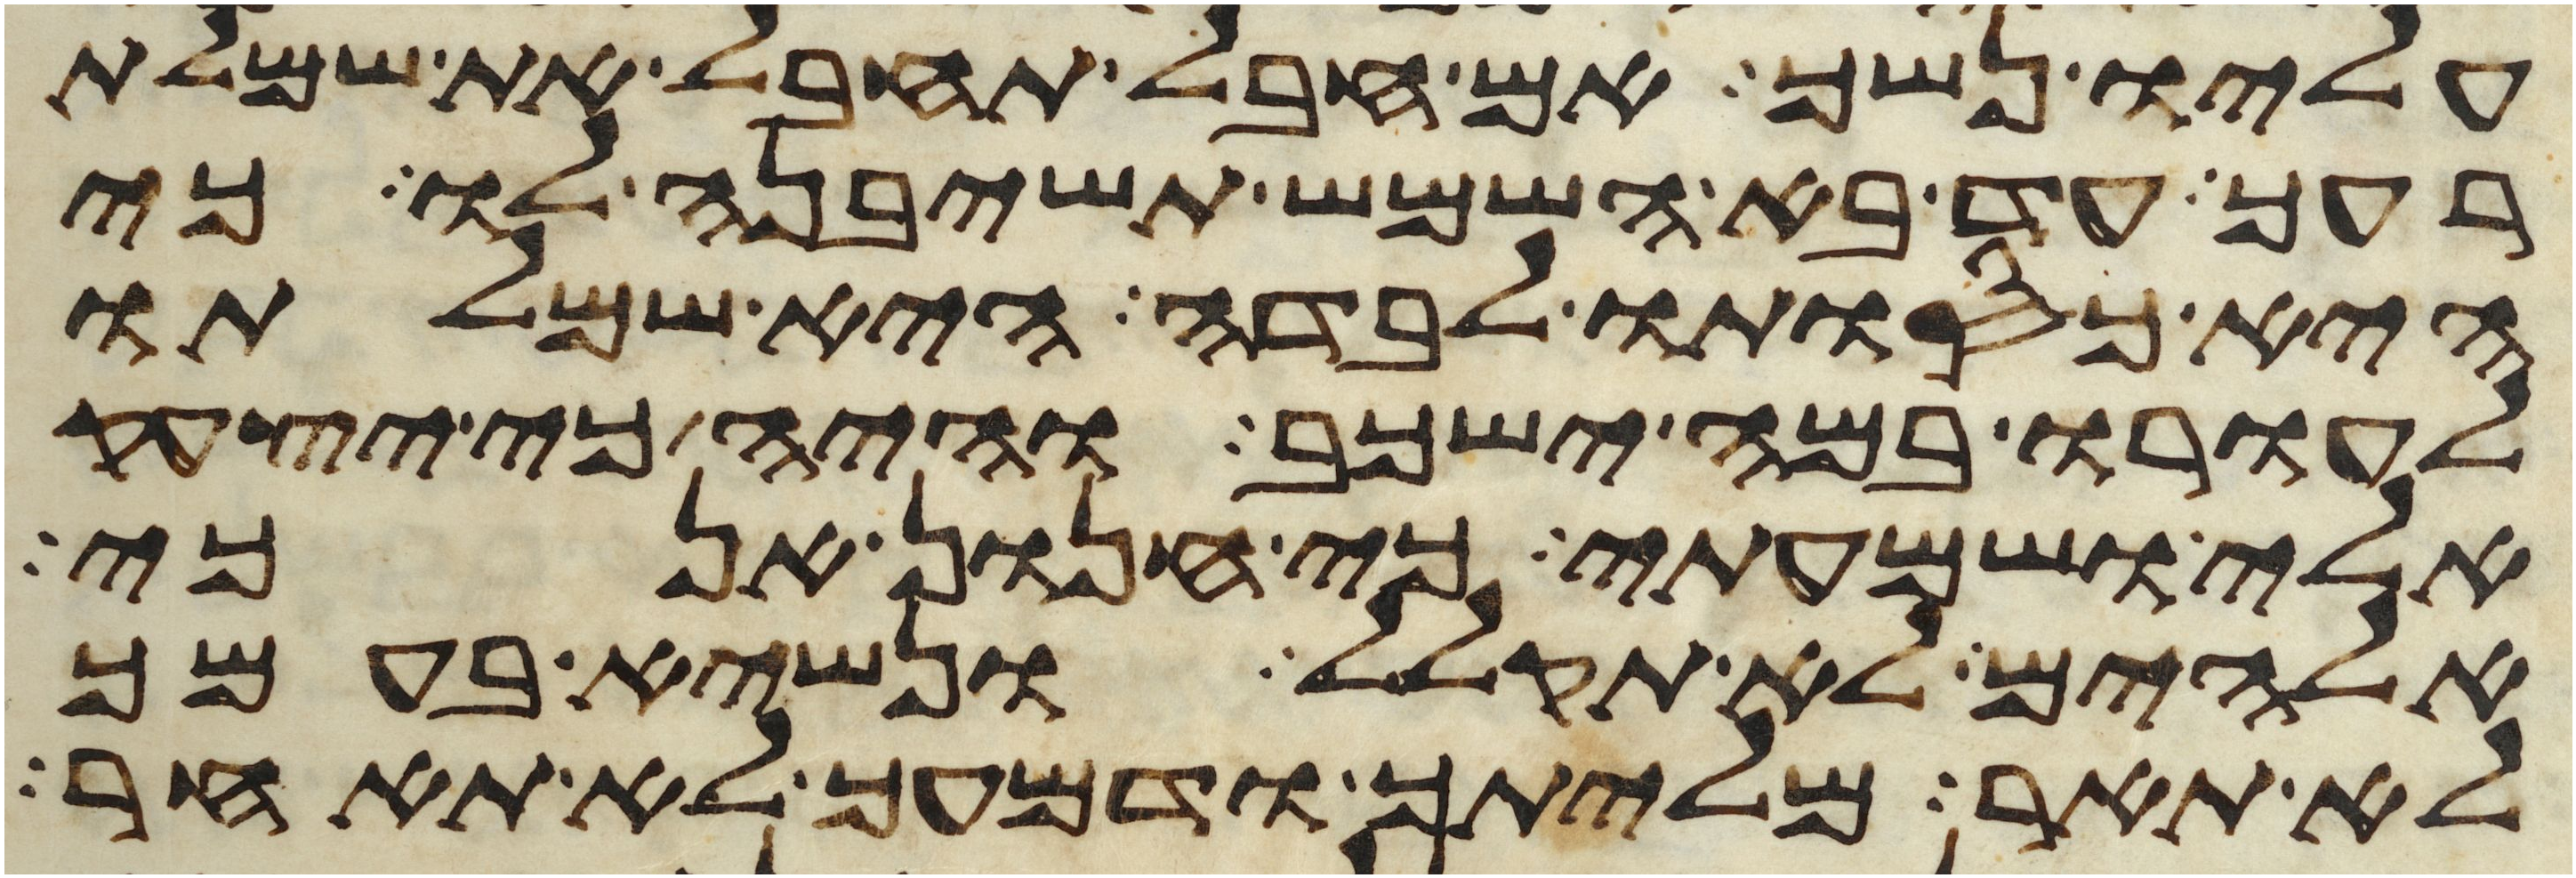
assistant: עליו נשך אם חבל תחבל את שמלת
רעך עד בא השמש תשיבנה לו כי
היא כסותו לבדה היא שמלתו
לעורו במה ישכב והיה כי יצעק
אלי ושמעתי כי חנון אנכי
אלהים לא תקלל ונשיא בעמך
לא תאר מליתך ודמעך לא תאחר